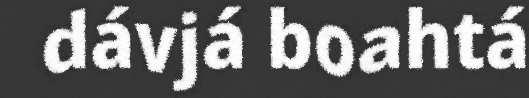
dávjá boahtá